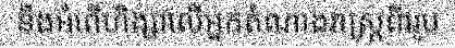
នឹងអំពើហិង្សាលើអ្នកតំណាងរាស្ត្រពីររូប